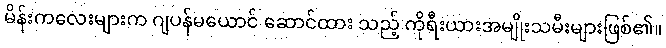
မိန်းကလေးများက ဂျပန်မယောင် ဆောင်ထား သည့် ကိုရီးယားအမျိုးသမီးများဖြစ်၏။